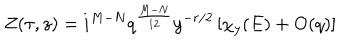
Z ( \tau , z ) = i ^ { M - N } q ^ { \frac { M - N } { 1 2 } } y ^ { - r / 2 } \left[ \chi _ { y } ( E ) + \mathrm { O } ( q ) \right]